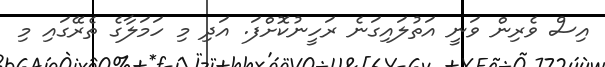
އިސް ވެރިން ވަނީ އަތުލައިގަނެ ރަހީނުކޮށްފަ. އަދި މި ހަމަލާގެ ތެރޭގައި މި